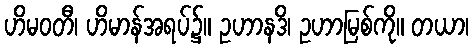
ဟိမဝတီ၊ ဟိမာန်အရပ်၌။ ဥဟာနဒိ၊ ဥဟာမြစ်ကို။ တယာ၊